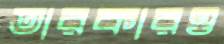
তারকারও